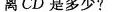
离CD是多少?